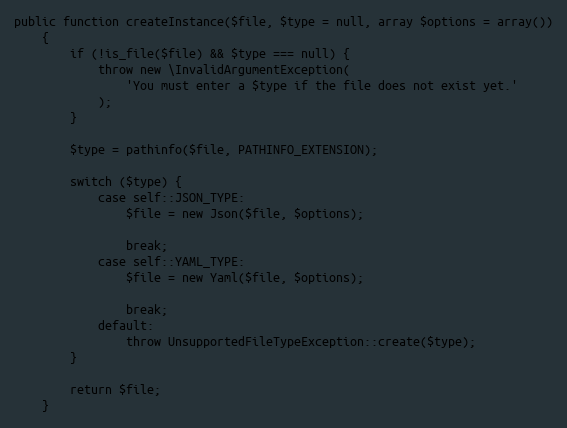
Language: PHP
public function createInstance($file, $type = null, array $options = array())
    {
        if (!is_file($file) && $type === null) {
            throw new \InvalidArgumentException(
                'You must enter a $type if the file does not exist yet.'
            );
        }

        $type = pathinfo($file, PATHINFO_EXTENSION);

        switch ($type) {
            case self::JSON_TYPE:
                $file = new Json($file, $options);

                break;
            case self::YAML_TYPE:
                $file = new Yaml($file, $options);

                break;
            default:
                throw UnsupportedFileTypeException::create($type);
        }

        return $file;
    }